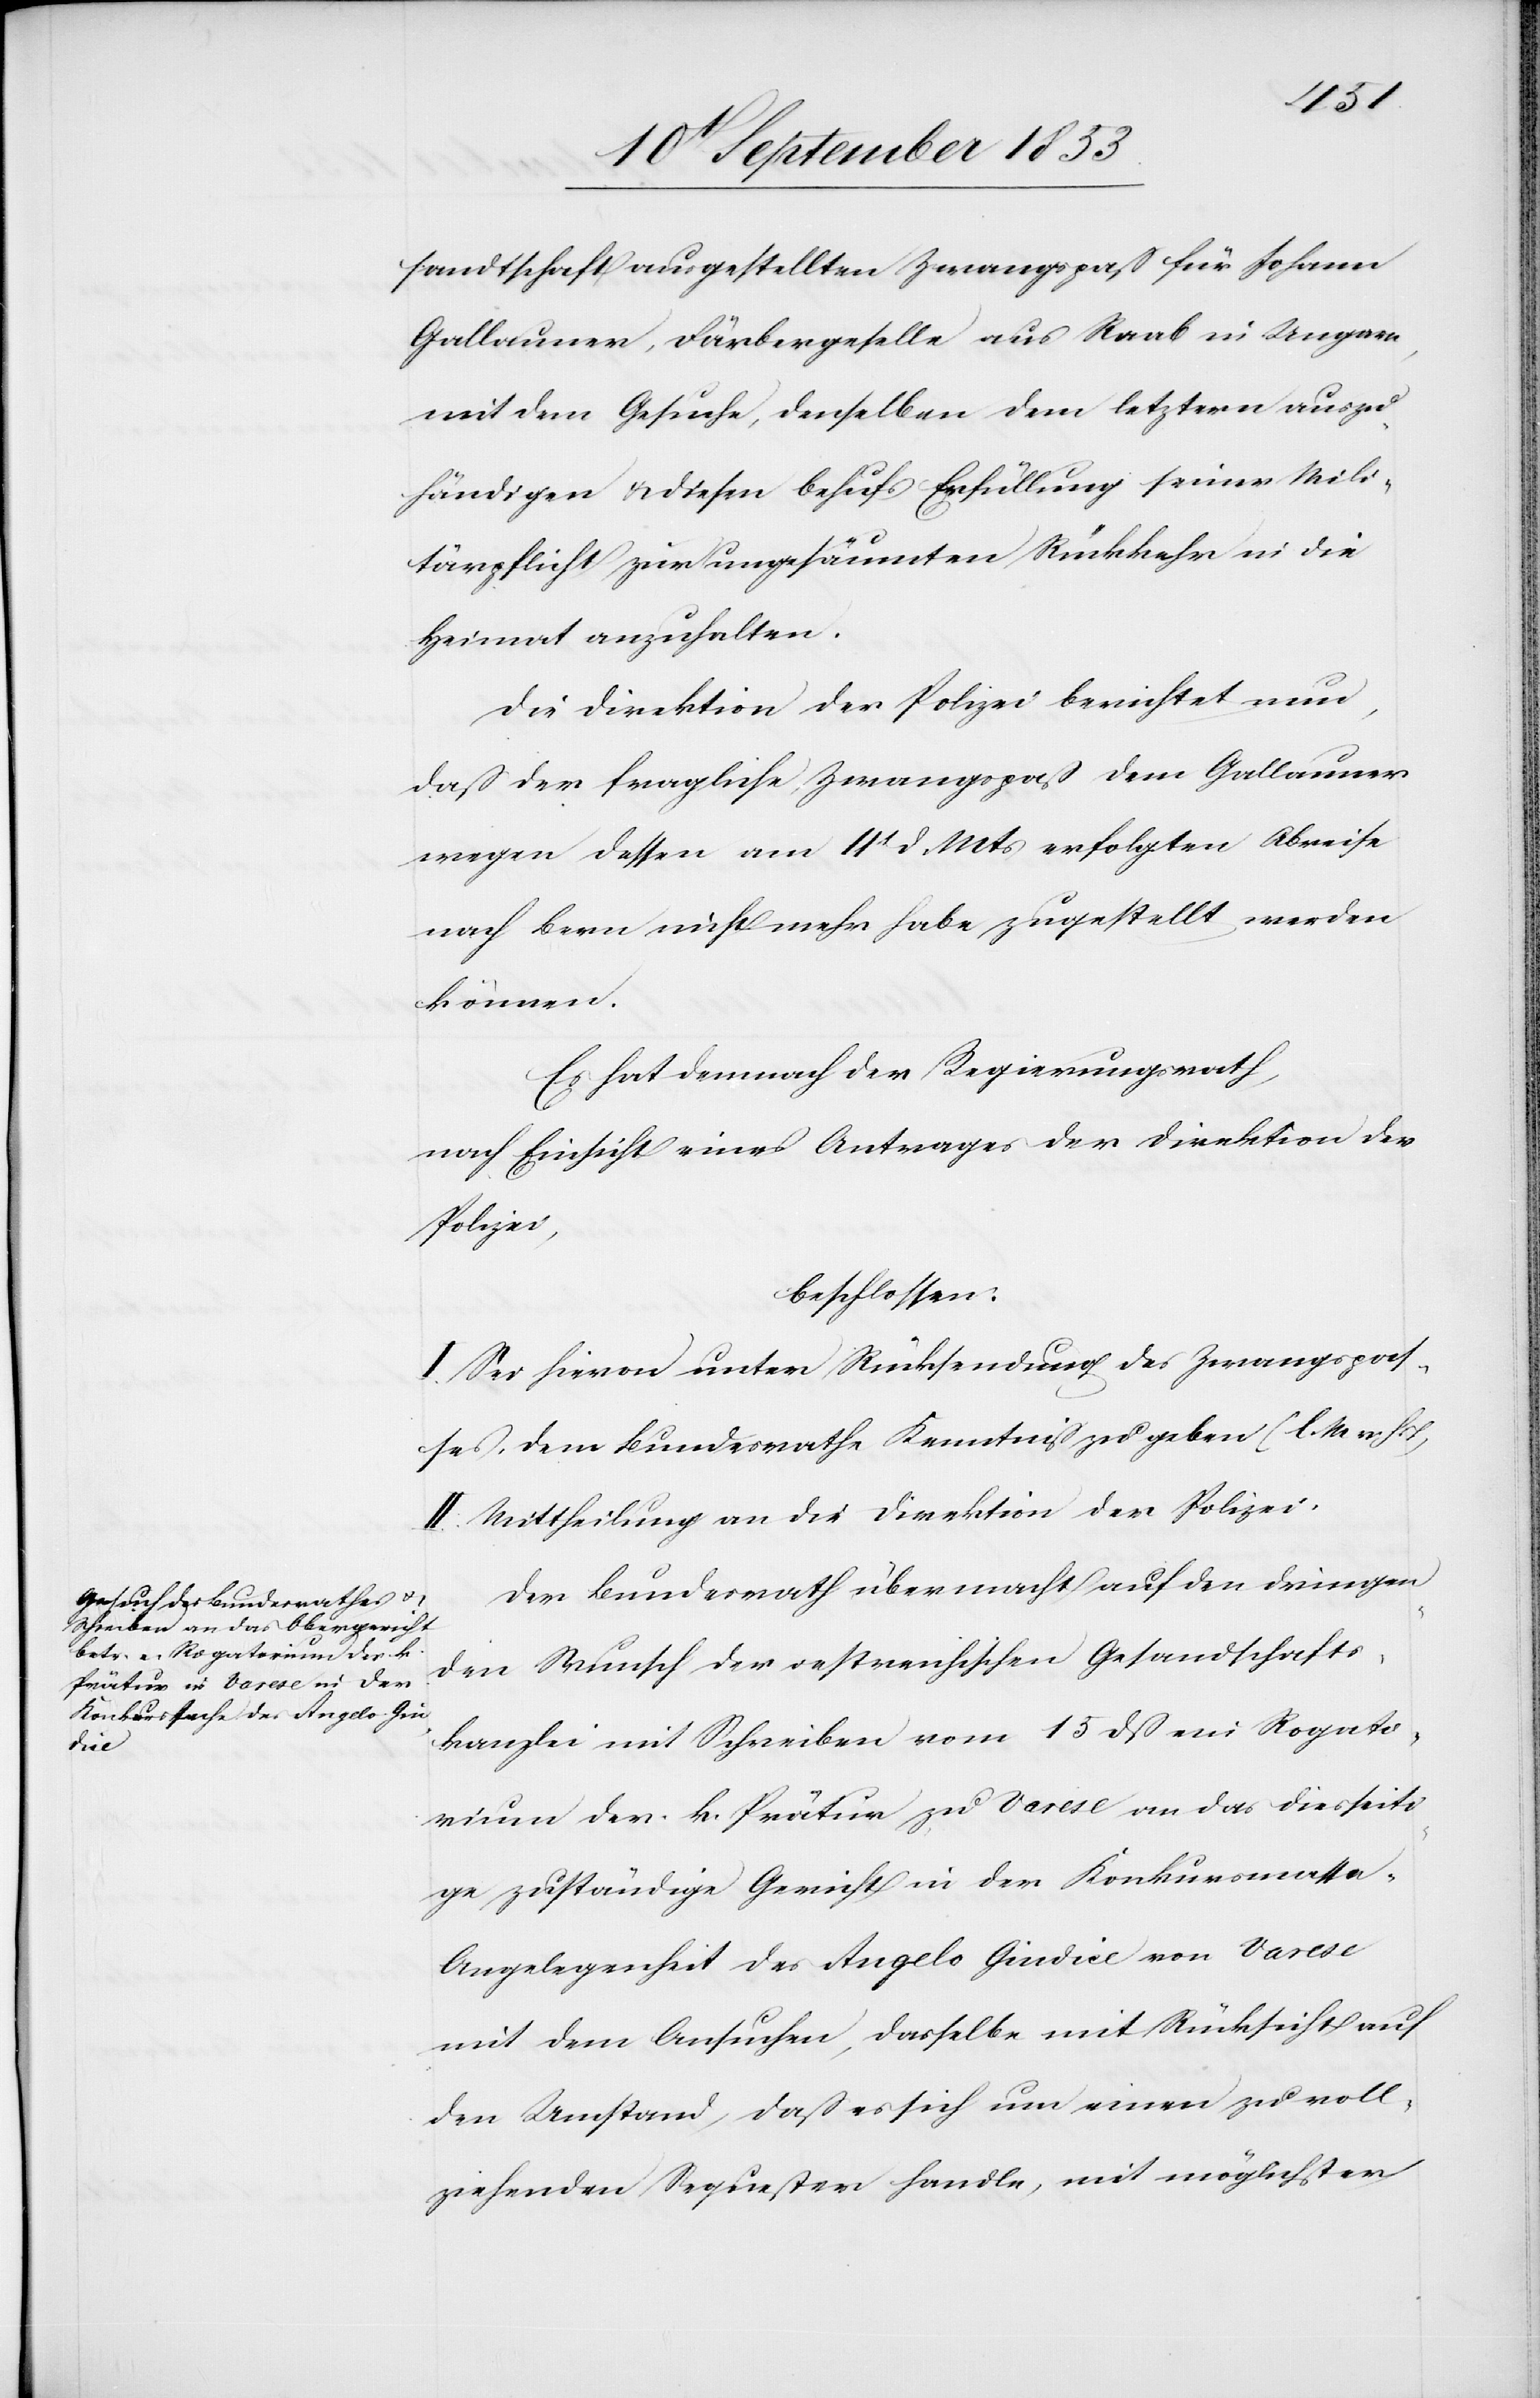
den

16t September 1853.]
sandtschaft ausgestellten Zwangspaß für Johann
Gallauner, Färbergeselle aus Raab in Ungarn,
mit dem Gesuche, denselben dem letztern auszu¬
händigen, u. diesem behufs Erfüllung seiner Mili¬
tärpflicht zur ungesäumten Rückkehr in die
Heimat anzuhalten.
Die Direktion der Polizei berichtet nun,
daß der fragliche Zwangspaß dem Gallauner
wegen dessen am 11t d. Mts. erfolgten Abreise
nach Bern nicht mehr habe zugestellt werden
können.
Es hat demnach der Regierungsrath,
nach Einsicht eines Antrages der Direktion der
Polizei,
beschlossen:
I. Sei hievon unter Rücksendung des Zwangspas¬
ses, dem Bundesrathe Kenntniß zu geben. [l. M. h.
II. Mittheilung an die Direktion der Polizei.
Der Bundesrath übermacht auf den dringen¬
den Wunsch der oestreichischen Gesandtschafts¬
kanzlei mit Schreiben vom 15 dß ein Rogato¬
rium der k. Prätur zu Varese an das diesseiti¬
ge zuständige Gericht in der Konkursmass¬
a-Angelegenheit des Angelo Gindice von Varese
mit dem Ansuchen, dasselbe mit Rücksicht auf
den Umstand, daß es sich um einen zu voll¬
ziehenden Sequester handle, mit möglichster